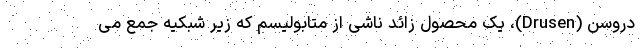
دروسن (Drusen)، یک محصول زائد ناشی از متابولیسم که زیر شبکیه جمع می